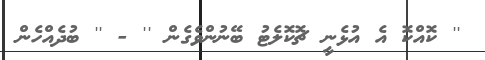
'' ކޮއްކޮ އެ އުޅެނީ ޗޮކޮލެޓު ބޭނުންވެގެން '' - '' ބުދެއްހެން